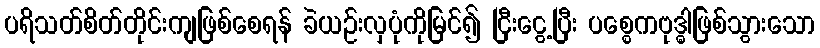
ပရိသတ်စိတ်တိုင်းကျဖြစ်စေရန် ခဲယဉ်းလှပုံကိုမြင်၍ ငြီးငွေ့ပြီး ပစ္စေကဗုဒ္ဓါဖြစ်သွားသော